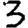
Digit: 3